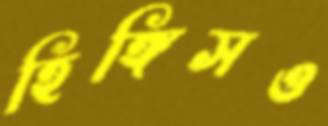
হিঙ্গিসও